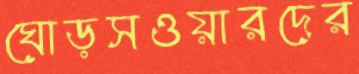
ঘোড়সওয়ারদের